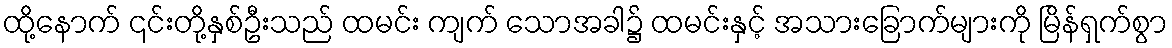
ထို့နောက် ၎င်းတို့နှစ်ဦးသည် ထမင်း ကျက် သောအခါ၌ ထမင်းနှင့် အသားခြောက်များကို မြိန်ရှက်စွာ